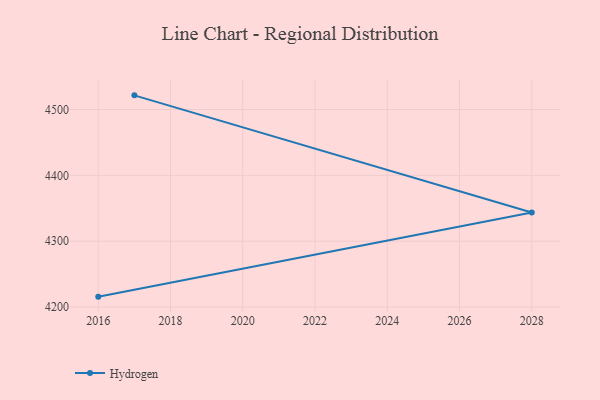
{"axis": {"x": "Year", "y": "Headcount"}, "legend": ["Hydrogen"], "data": [{"x": "2016", "y": 4215.7, "type": "Hydrogen"}, {"x": "2028", "y": 4343.5, "type": "Hydrogen"}, {"x": "2017", "y": 4521.5, "type": "Hydrogen"}]}